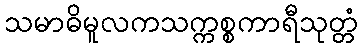
သမာဓိမူလကသက္ကစ္စကာရီသုတ္တံ